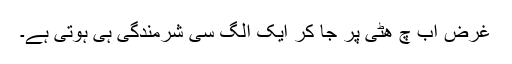
غرض اب چ ھٹی پر جا کر ایک الگ سی شرمندگی ہی ہوتی ہے۔